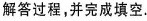
解答过程，并完成填空.